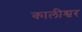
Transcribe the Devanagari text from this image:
कालीश्वर